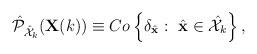
LaTeX: \begin{align*}\begin{array}{l}\hat{\mathcal{P}}_{{\hat{\mathcal{X}}_k}}(\mathbf{X}(k))\equiv Co\left\{\delta_{\hat{\mathbf{x}}}:~\hat{\mathbf{x}}\in {\hat{\mathcal{X}}_k}\right\}, \end{array}\end{align*}